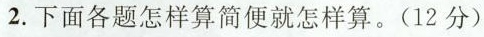
2.下面各题怎样算简便就怎样算。(12分)